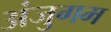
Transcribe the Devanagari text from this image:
अंजुगम